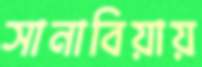
সানাবিয়ায়